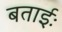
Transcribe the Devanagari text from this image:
बताईः